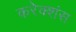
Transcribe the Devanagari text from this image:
करेक्शंस